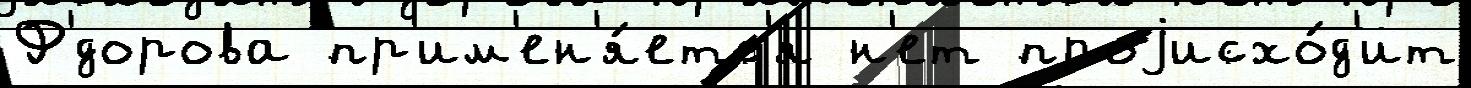
Ф'́дорова пр'им'ен'я́етс'я н'ет проjисхо́д'ит